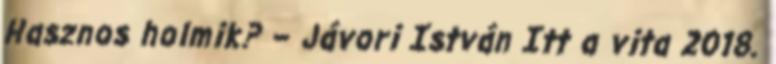
Hasznos holmik? – Jávori István Itt a vita 2018.